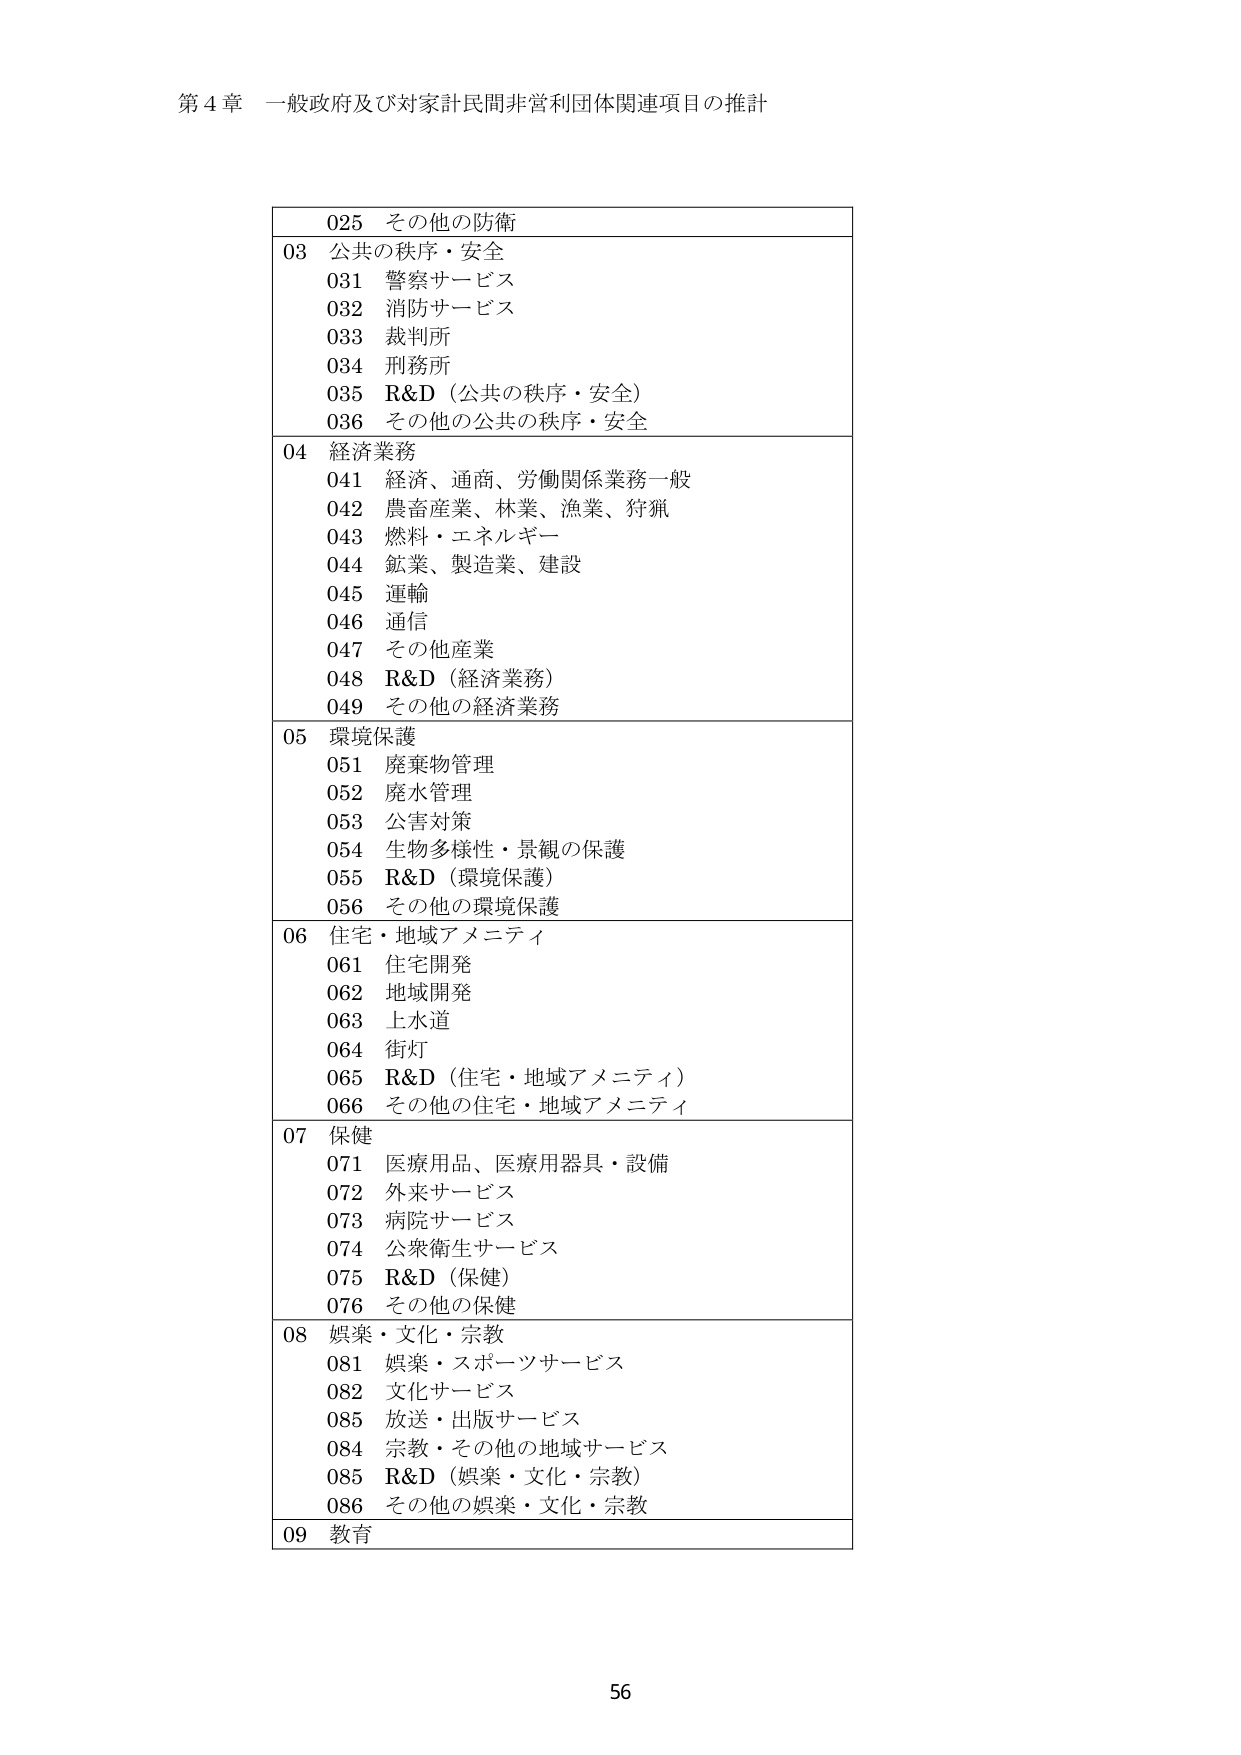
第４章 一般政府及び対家計民間非営利団体関連項目の推計

025 その他の防衛
03 公共の秩序・安全
　031 警察サービス
　032 消防サービス
　033 裁判所
　034 刑務所
　035 R&D（公共の秩序・安全）
　036 その他の公共の秩序・安全
04 経済業務
　041 経済、通商、労働関係業務一般
　042 農畜産業、林業、漁業、狩猟
　043 燃料・エネルギー
　044 鉱業、製造業、建設
　045 運輸
　046 通信
　047 その他産業
　048 R&D（経済業務）
　049 その他の経済業務
05 環境保護
　051 廃棄物管理
　052 廃水管理
　053 公害対策
　054 生物多様性・景観の保護
　055 R&D（環境保護）
　056 その他の環境保護
06 住宅・地域アメニティ
　061 住宅開発
　062 地域開発
　063 上水道
　064 街灯
　065 R&D（住宅・地域アメニティ）
　066 その他の住宅・地域アメニティ
07 保健
　071 医療用品、医療用器具・設備
　072 外来サービス
　073 病院サービス
　074 公衆衛生サービス
　075 R&D（保健）
　076 その他の保健
08 娯楽・文化・宗教
　081 娯楽・スポーツサービス
　082 文化サービス
　085 放送・出版サービス
　084 宗教・その他の地域サービス
　085 R&D（娯楽・文化・宗教）
　086 その他の娯楽・文化・宗教
09 教育

56